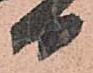
日